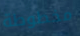
مخطوطة